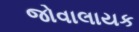
જોવાલાયક